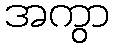
အကွာ